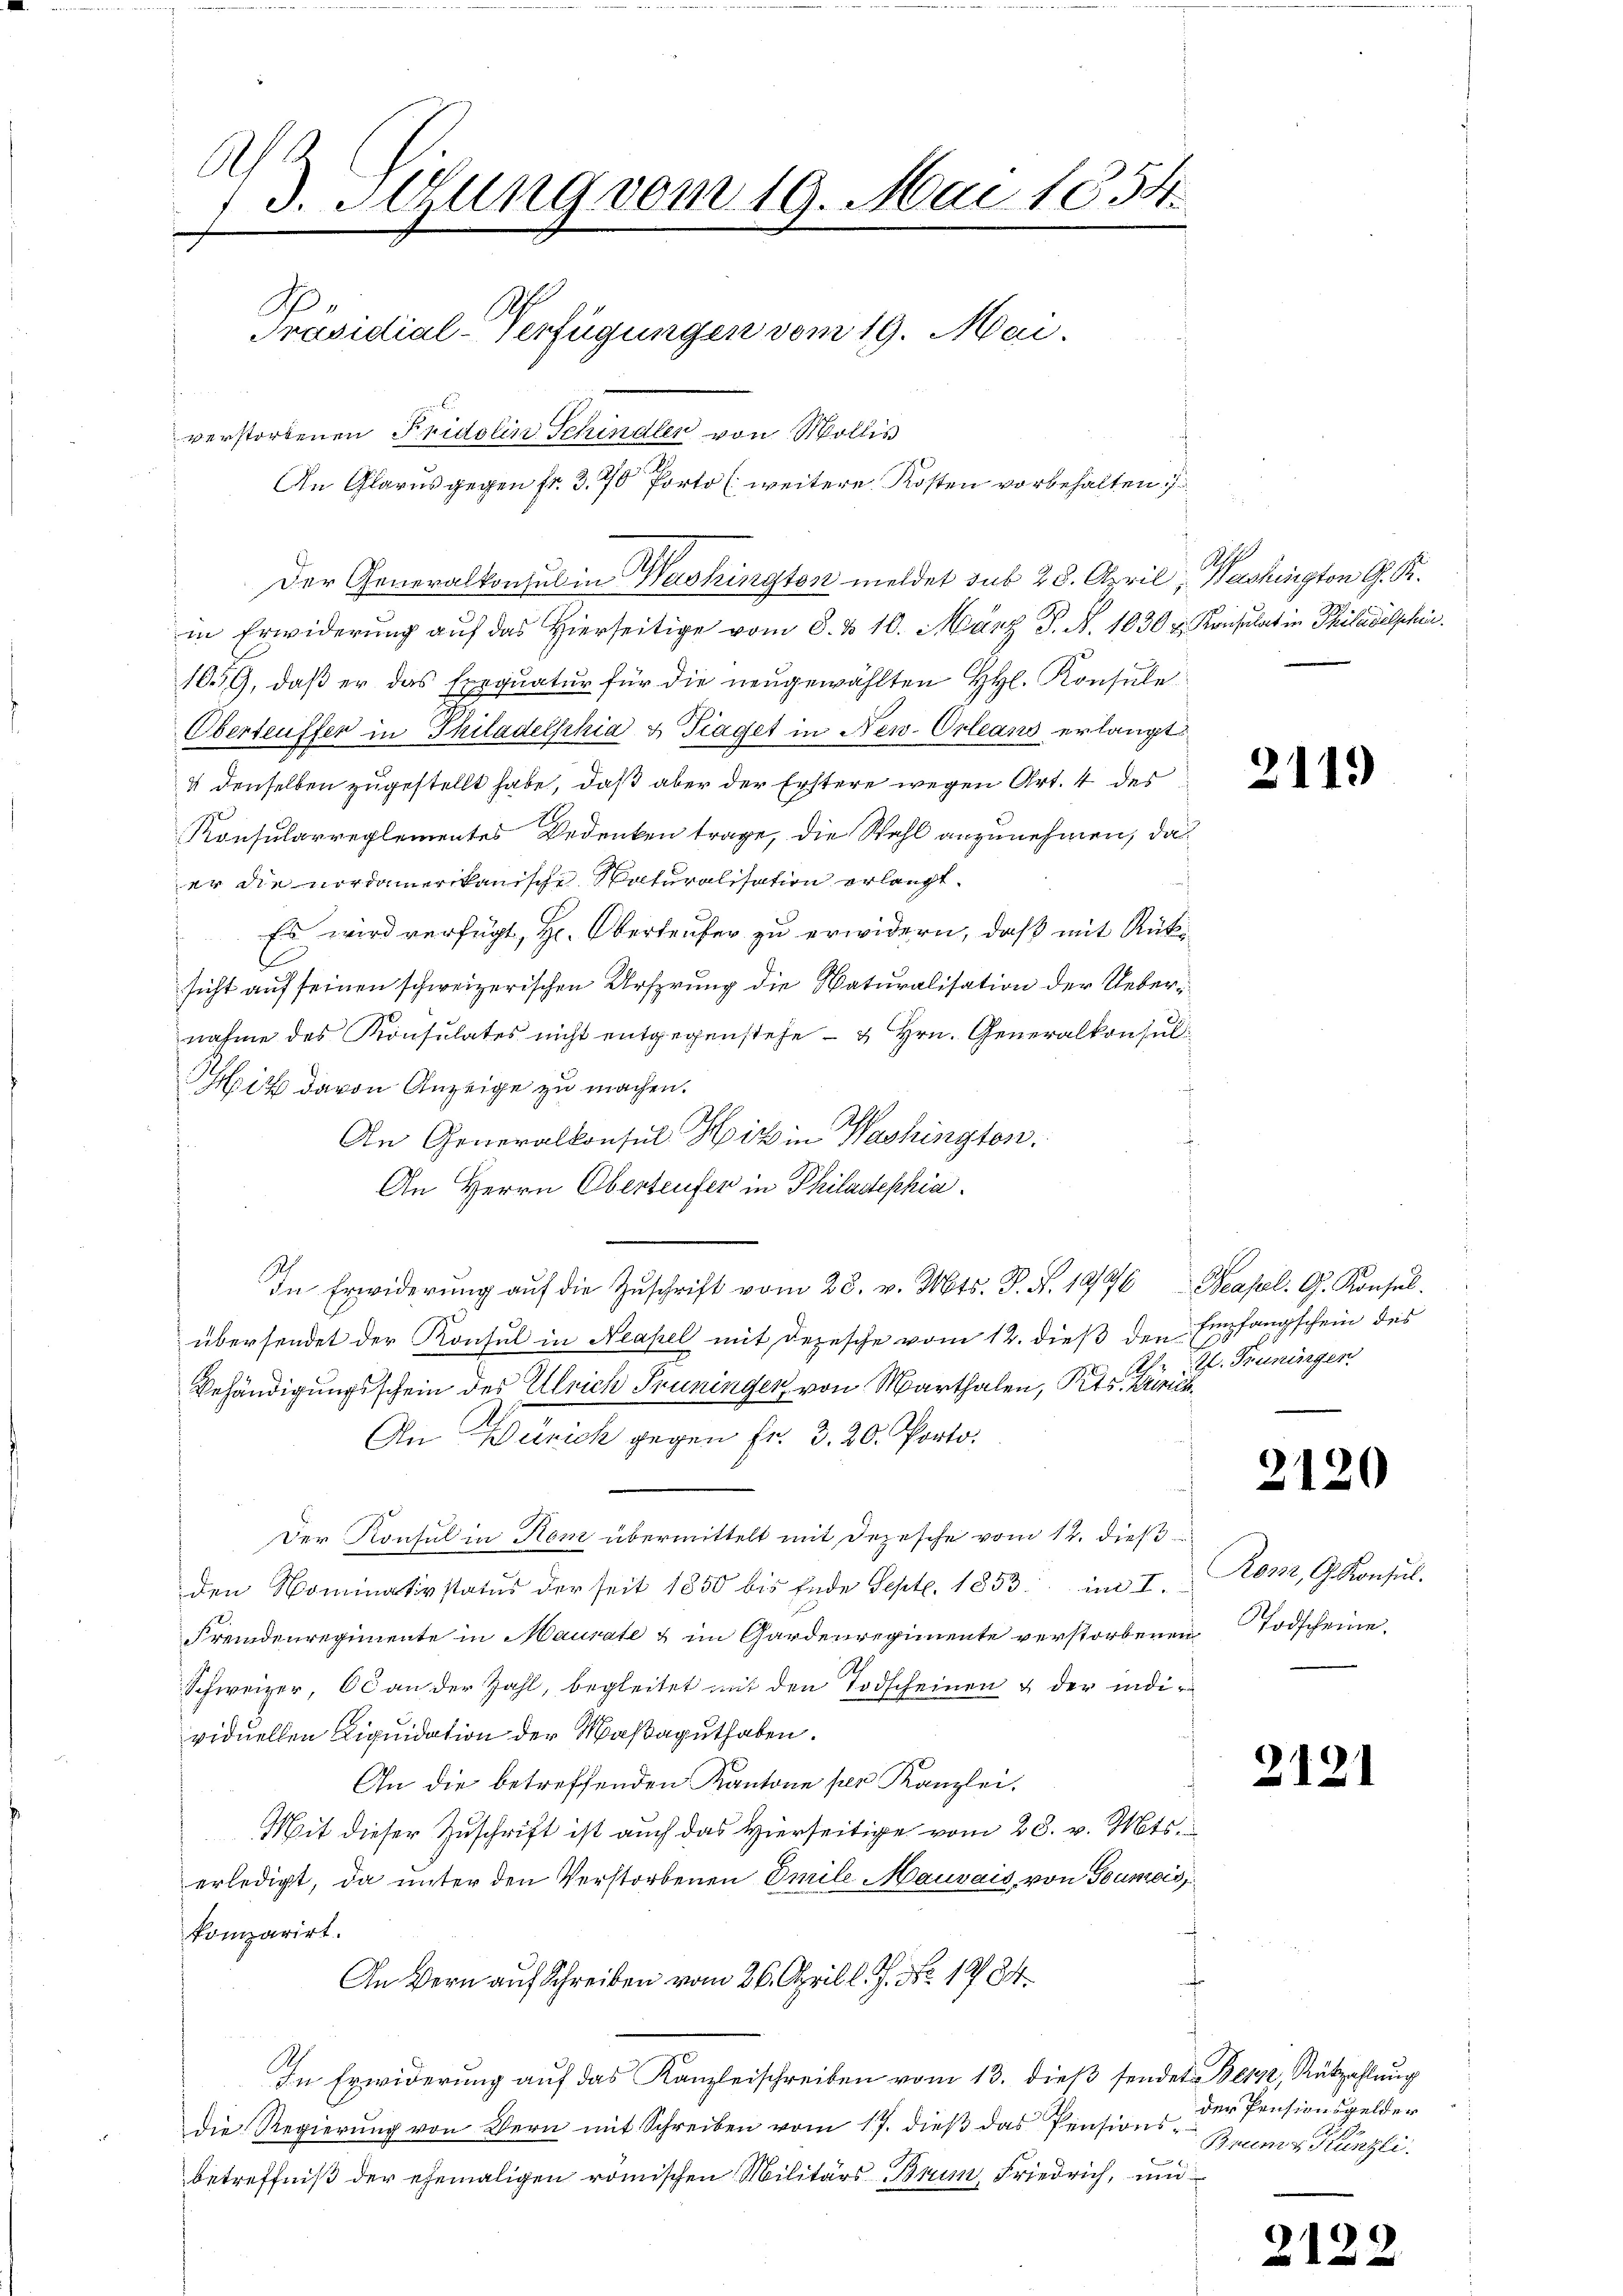
A
3. Stzung vom 19. Mai 1854.
h
Präsidial-Verfügungen vom 19. Mai.
verstorbenen Fridolin Schindler von Wollis
An Glarus gegen fr. 3.70 Porto (weitere Kosten vorbehalten.

Der Generalkonsul in Washingten meldet sub 28. April, Washington G. K.

in Erwiderung auf das Hierseitige vom 8. & 10. März S. N. 1030 u. Konsulat in Philadelschen.
109, daß er das Exequatur für die neugewählten HHl. Konsule¬
Oberteuffer in Philadelphia & Traget in New-Orleans erlangt
4 denselben zugestellt habe, daß aber der Erstere wegen Art. 4 des
Konsularreglementes Bedenken trage, die Wahl anzunehmen, da
er die nordamerikanische Naturalisation erlangt.
Es wird verfügt, Hr. Oberteufer zu erwidern, daß mit Rük¬
1
sicht auf seinen schweizerischen Ursprung die Naturalisation der Uebernahme des Konsulates nicht entgegenstehe - u Hrn. Generalkonsul¬
Hiz davon Anzeige zu machen.
An Generalkonsul Hiz in Washington,
An Herrn Oberteufer in Philadephia
In Erwiderŭng auf die Zŭschrift vom 28. v. Mts. P. R. 1946 Peapel. G. Konsul
übersendet der Konsul in Neapel mit Depesche vom 12. dieß den Empfangschein des
Behändigungsschein des Ulrich Penningen von Marthalen, Pits. Zürich¬
An Zürich gegen Fr. 3. 20. Porto.
Der Konsul in Ron übermittelt mit Depesche vom 12. dieß
den Nominativstatus der seit 1850 bis Ende Sept. 1853 im I. Rom, G. Konsul-
Fremdenregimente in Maurate & im Gardenregimente verstorbenen
Schweizer, 60 an der Zahl, begleitet mit den Todscheinen & der individuellen Liquidation der Maßaguthaben.
An die betreffenden Kantone per Kanzlei.
Mit dieser Zuschrift ist auch das Hierseitige vom 28. v. Mts.
erledigt, da unter den Verstorbenen Emile Mauvais, von Goumois
komparirt.
An Bern auf Schreiben vom 26. April l. J. No. 1794
In Erwiderung auf das Kanzleischreiben vom 13. dieß sendete Bern, Rückzahlung
die Regierung von Bern mit Schreiben vom 17. dieß das Pensionsbetreffniß der ehemaligen römischen Militärs Brum Friedrich, und

i

2119

I. Trüningen.

2120

Todscheine.

2121

der Pensionsgelder
Baumz Künzli.

3
1